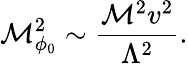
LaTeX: \mathcal{M}_{\phi_{0}}^{2}\sim{\frac{{\mathcal{M}^{2}v^{2}}}{{\Lambda^{2}}}}.